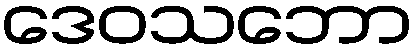
ဒေဝသဘော